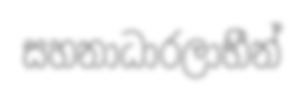
සහනාධාරලාභීන්